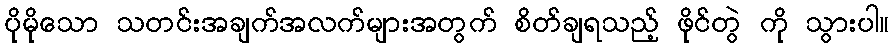
ပိုမိုသော သတင်းအချက်အလက်များအတွက် စိတ်ချရသည့် ဖိုင်တွဲ ကို သွားပါ။